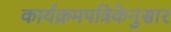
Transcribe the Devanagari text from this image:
कार्यक्रमपत्रिकेनुसार